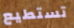
تستطيع